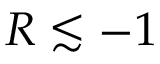
R \lesssim - 1